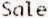
SALE